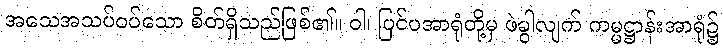
အသေအသပ်ဝပ်သော စိတ်ရှိသည်ဖြစ်၏။ ဝါ၊ ပြင်ပအာရုံတို့မှ ဖဲခွါလျက် ကမ္မဋ္ဌာန်းအာရုံ၌